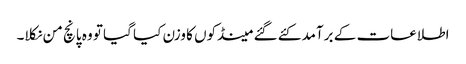
اطلاعات کے برآمد کئے گئے مینڈکوں کا وزن کیا گیا تو وہ پانچ من نکلا۔